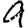
Digit: 9